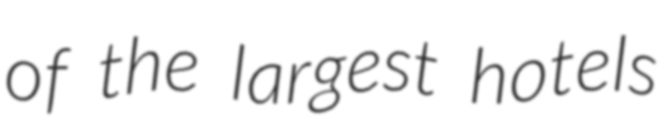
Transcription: of the largest hotels